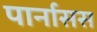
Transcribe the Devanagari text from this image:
पार्नासस